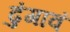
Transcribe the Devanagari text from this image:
ढुंगावं